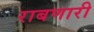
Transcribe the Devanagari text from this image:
राबणारी